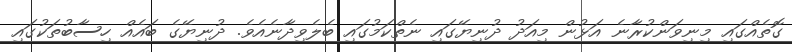
ގޮތެއްގައި މިނިވަންކުރާނެ އަޅުން މިއަދު ދުނިޔޭގައި ނެތްކަމުގައި ބެލެވިދާނެއެވެ. ދުނިޔޭގެ ބައެއް ހިސާބުތަކުގައި